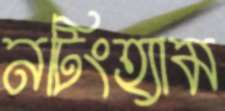
নটিংহ্যাম